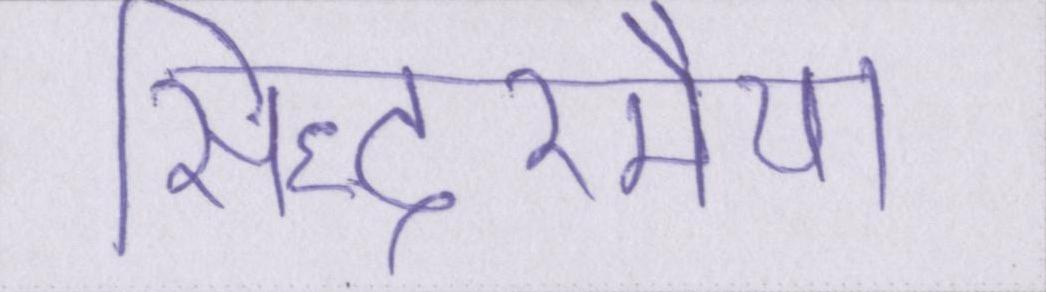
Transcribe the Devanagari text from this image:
सिद्धरमैया